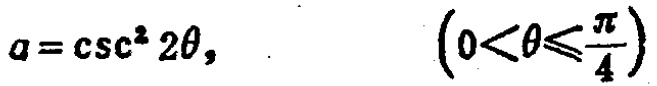
\(a = \csc^{2}2\theta, \quad \left(0<\theta\leqslant\frac{\pi}{4}\right)\)